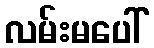
လမ်းမပေါ်